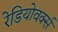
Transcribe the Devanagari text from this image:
रेडियोवर्क्स